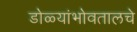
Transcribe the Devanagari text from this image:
डोळ्यांभोवतालचे